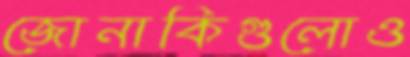
জোনাকিগুলোও